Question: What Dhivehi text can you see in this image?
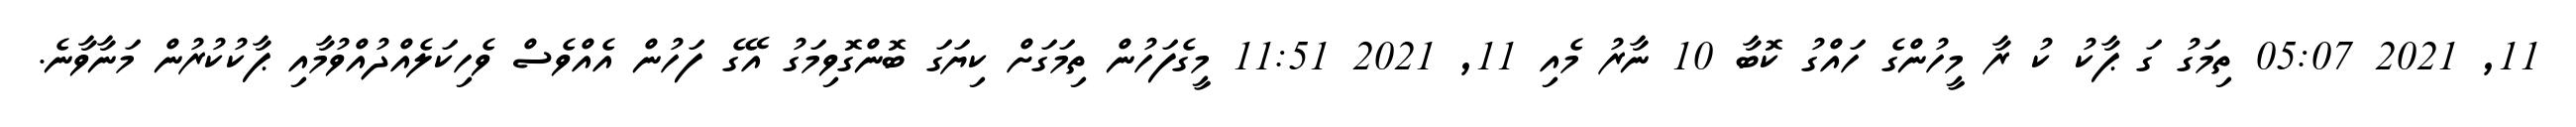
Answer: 11, 2021 05:07 ތިމަގު ގަ ޕާކު ކު ރާ މީހުންގެ ހައްގު ކޮބާ 10 ނާރު މެއި 11, 2021 11:51 މީގެފަހުން ތިމަގަށް ކިޔަގަ ބޮންގޮވިމަގު އޭގެ ފަހުން އެއްވެސް ވެހިކަލެއްދުއްވުމާއި ޕާކުކުރުން މަނާވާނެ.